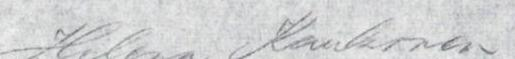
Helena Kaukonen